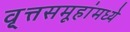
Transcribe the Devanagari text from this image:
वृ्त्तसमूहांमध्ये